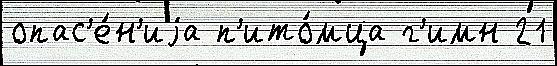
опас'е́н'иjа п'ито́мца г'имн 21